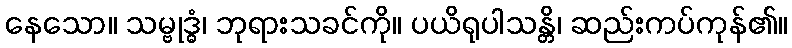
နေသော။ သမ္ဗုဒ္ဓံ၊ ဘုရားသခင်ကို။ ပယိရုပါသန္တိ၊ ဆည်းကပ်ကုန်၏။